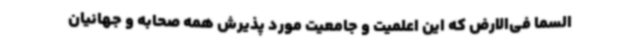
السما فی‌الارض که این اعلمیت و جامعیت مورد پذیرش همه صحابه و جهانیان